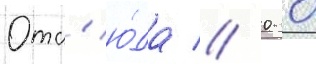
Отс'ю́да // 0 0